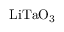
\mathrm { L i T a O _ { 3 } }